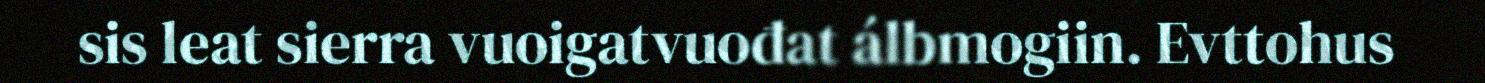
sis leat sierra vuoigatvuođat álbmogiin. Evttohus